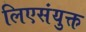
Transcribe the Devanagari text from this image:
लिएसंयुक्त